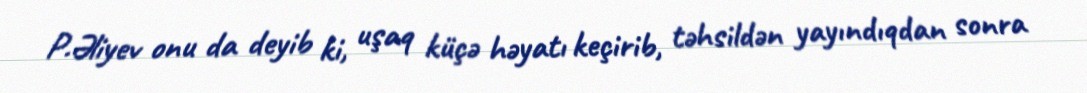
P.Əliyev onu da deyib ki, uşaq küçə həyatı keçirib, təhsildən yayındıqdan sonra